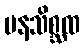
မနသိစ္ဆထ